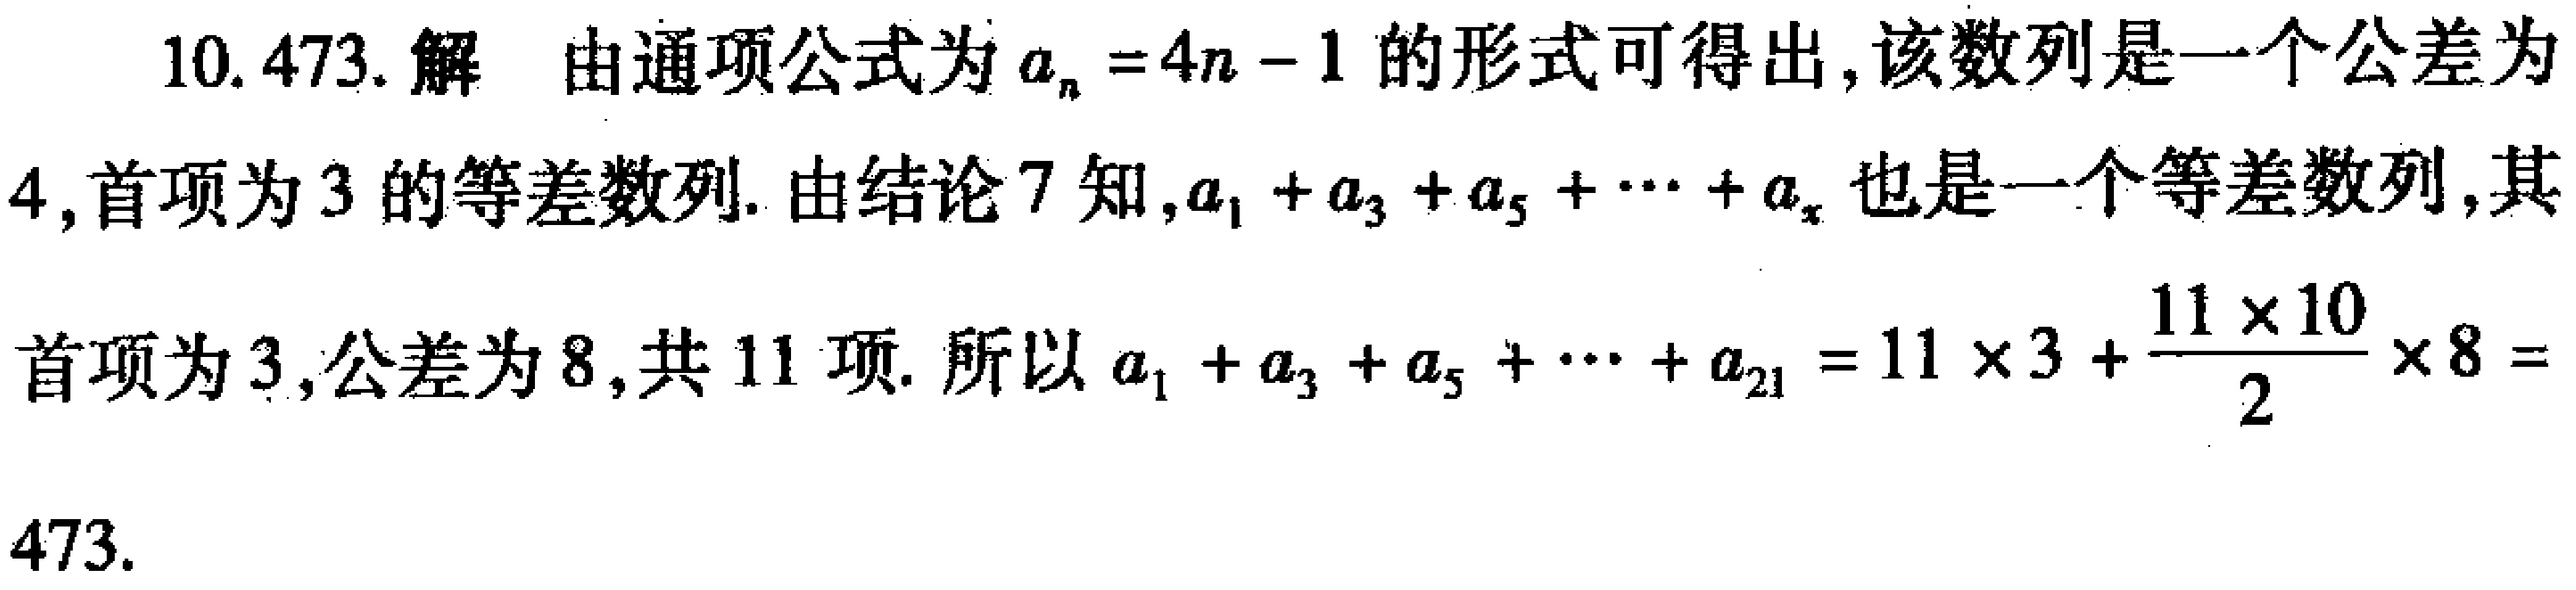
10.473. 解 由通项公式为\(a_{n}=4n - 1\)的形式可得出,该数列是一个公差为4,首项为3的等差数列. 由结论7知,\(a_{1}+a_{3}+a_{5}+\cdots +a_{x}\)也是一个等差数列,其首项为3,公差为8,共11项. 所以\(a_{1}+a_{3}+a_{5}+\cdots +a_{21}=11\times3+\frac{11\times10}{2}\times8 = 473\).